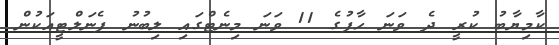
ކާމިޔާބު ކުރީ ދެ ވަނަ ހާފުގެ 11 ވަނަ މިނެޓްގައި ލިބުނު ޕެނަލްޓީއަކުން